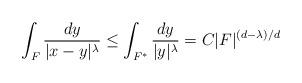
LaTeX: \begin{align*}\int_F \frac{dy}{|x-y|^\lambda} \leq \int_{F^*} \frac{dy}{|y|^\lambda} = C|F|^{(d-\lambda)/d}\end{align*}